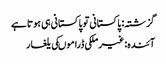
گزشتہ: پاکستانی تو پاکستانی ہی ہوتا ہے
آئندہ: غیرملکی ڈراموںکی یلغار